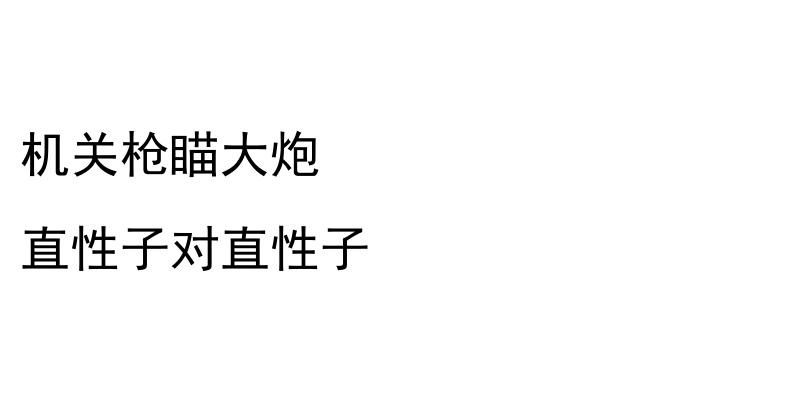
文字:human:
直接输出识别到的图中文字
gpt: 机关枪瞄大炮 直性子对直性子